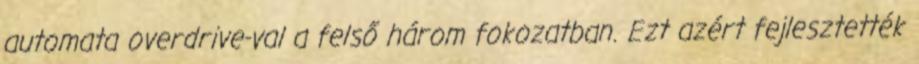
automata overdrive-val a felső három fokozatban. Ezt azért fejlesztették